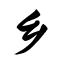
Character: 乡